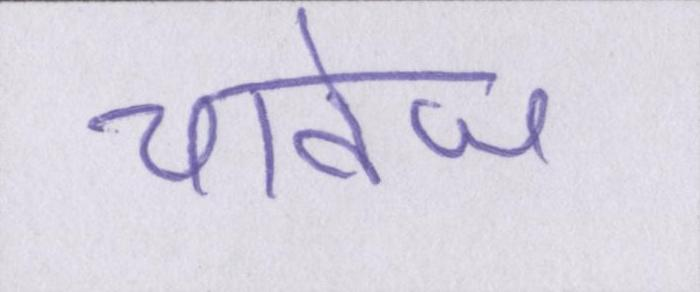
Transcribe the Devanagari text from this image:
चावेज